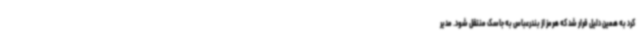
کرد به همین دلیل قرار شد که هرمز از بندرعباس به جاسک منتقل شود. ‌مدیر